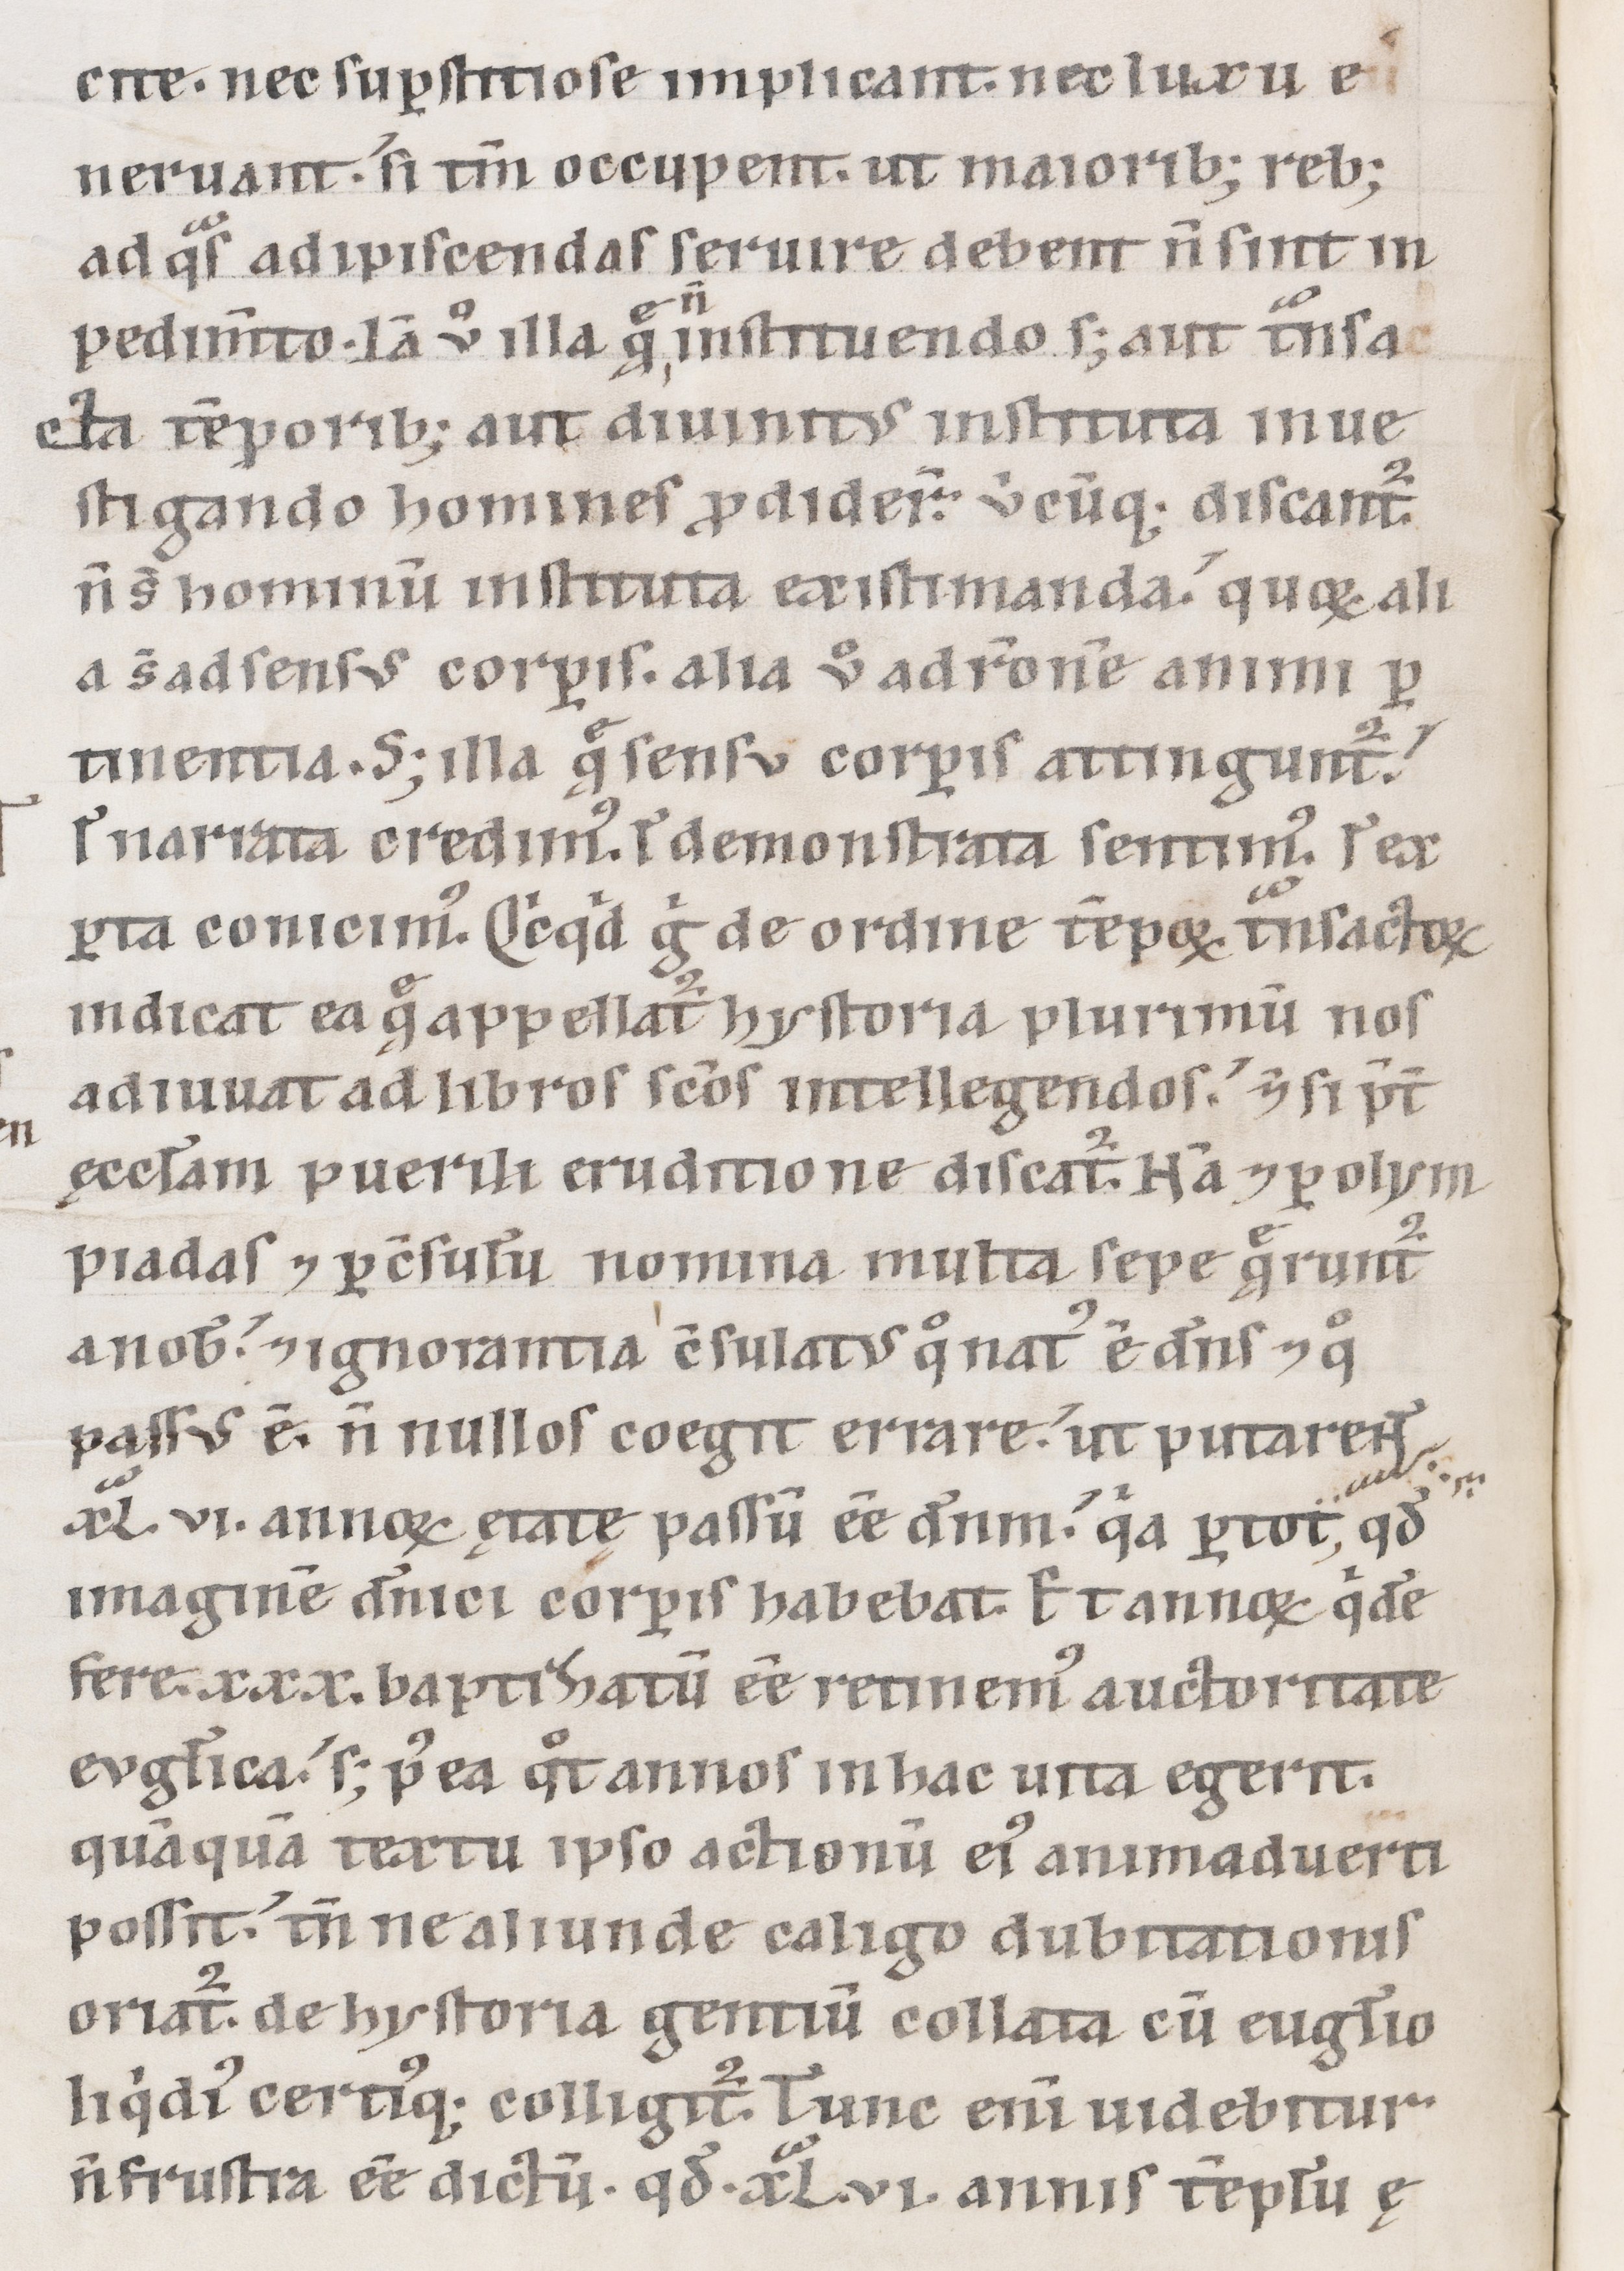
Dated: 1100–1199